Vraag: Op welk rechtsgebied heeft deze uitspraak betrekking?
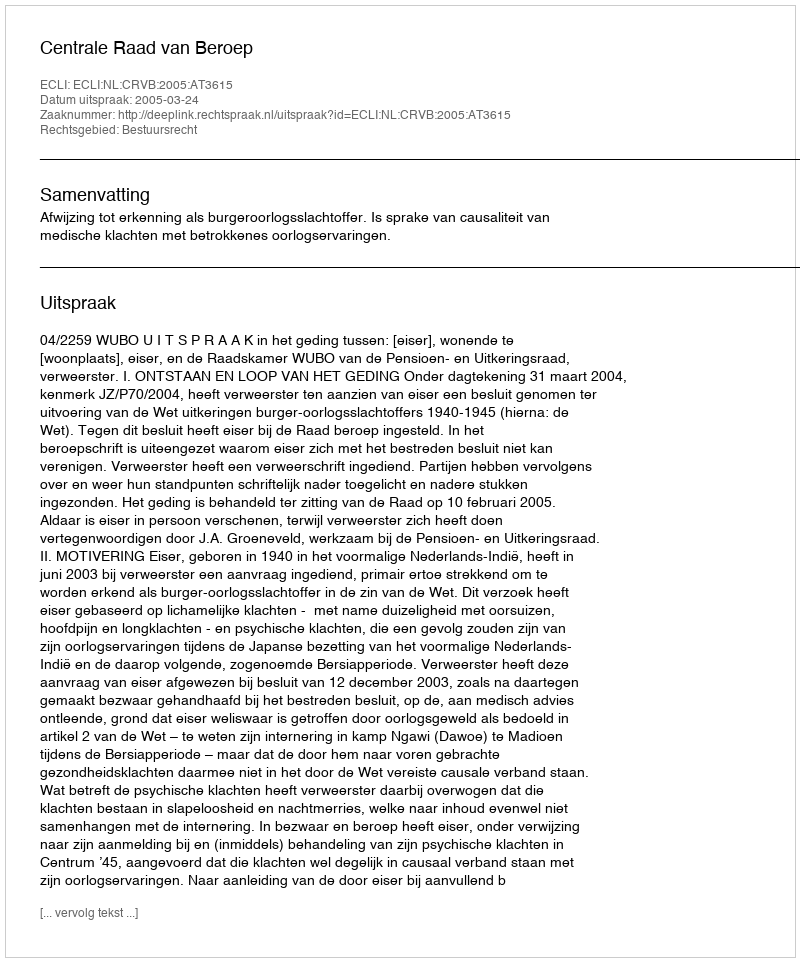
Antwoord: Bestuursrecht